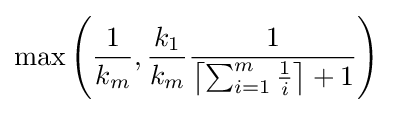
\max \left({\frac {1}{k_{m}}},{\frac {k_{1}}{k_{m}}}{\frac {1}{\left\lceil \sum _{i=1}^{m}{\frac {1}{i}}\right\rceil +1}}\right)